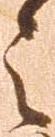
之